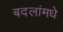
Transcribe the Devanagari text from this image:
बदलांमधे